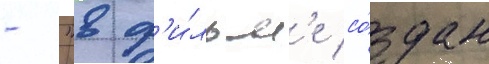
- "в ф'и́льм'е со́здан